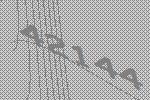
42144